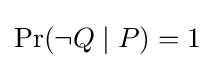
\Pr(\lnot Q\mid P)=1